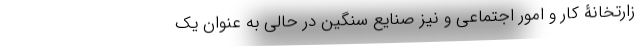
زارتخانۀ کار و امور اجتماعی و نیز صنایع سنگین در حالی به عنوان یک